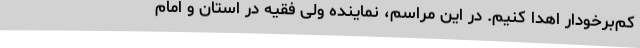
کم‌برخودار اهدا کنیم. در این مراسم، نماینده ولی فقیه در استان و امام